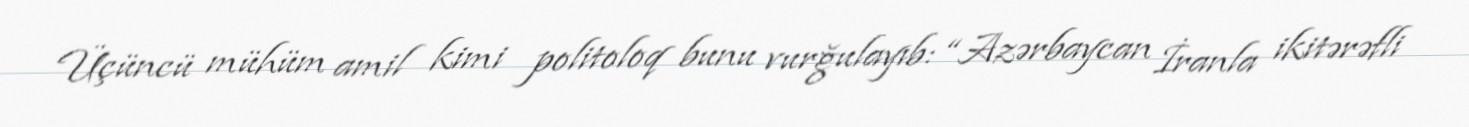
Üçüncü mühüm amil kimi politoloq bunu vurğulayıb: “Azərbaycan İranla ikitərəfli